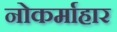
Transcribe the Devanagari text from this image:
नोकर्माहार